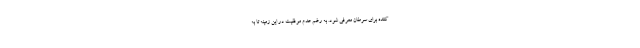
کننده برای سرطان معرفی شود. به رغم عدم موفقیت در این زمینه تا به